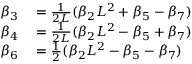
\begin{array} { r l } { \beta _ { 3 } } & { { } = \frac { 1 } { 2 L } ( \beta _ { 2 } L ^ { 2 } + \beta _ { 5 } - \beta _ { 7 } ) } \\ { \beta _ { 4 } } & { { } = \frac { 1 } { 2 L } ( \beta _ { 2 } L ^ { 2 } - \beta _ { 5 } + \beta _ { 7 } ) } \\ { \beta _ { 6 } } & { { } = \frac { 1 } { 2 } ( \beta _ { 2 } L ^ { 2 } - \beta _ { 5 } - \beta _ { 7 } ) } \end{array}